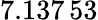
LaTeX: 7.137\, 53